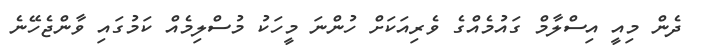
ދެން މިއީ އިސްލާމް ގައުމެއްގެ ވެރިއަކަށް ހުންނަ މީހަކު މުސްލިމެއް ކަމުގައި ވާންޖެހޭނެ